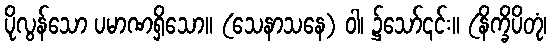
ပိုလွန်သော ပမာဏရှိသော။ (သေနာသနေ) ဝါ၊ ၌သော်၎င်း။ (နိက္ခိပိတုံ၊